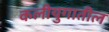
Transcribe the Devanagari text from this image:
कलीयुगातील